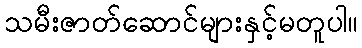
သမီးဇာတ်ဆောင်များနှင့်မတူပါ။